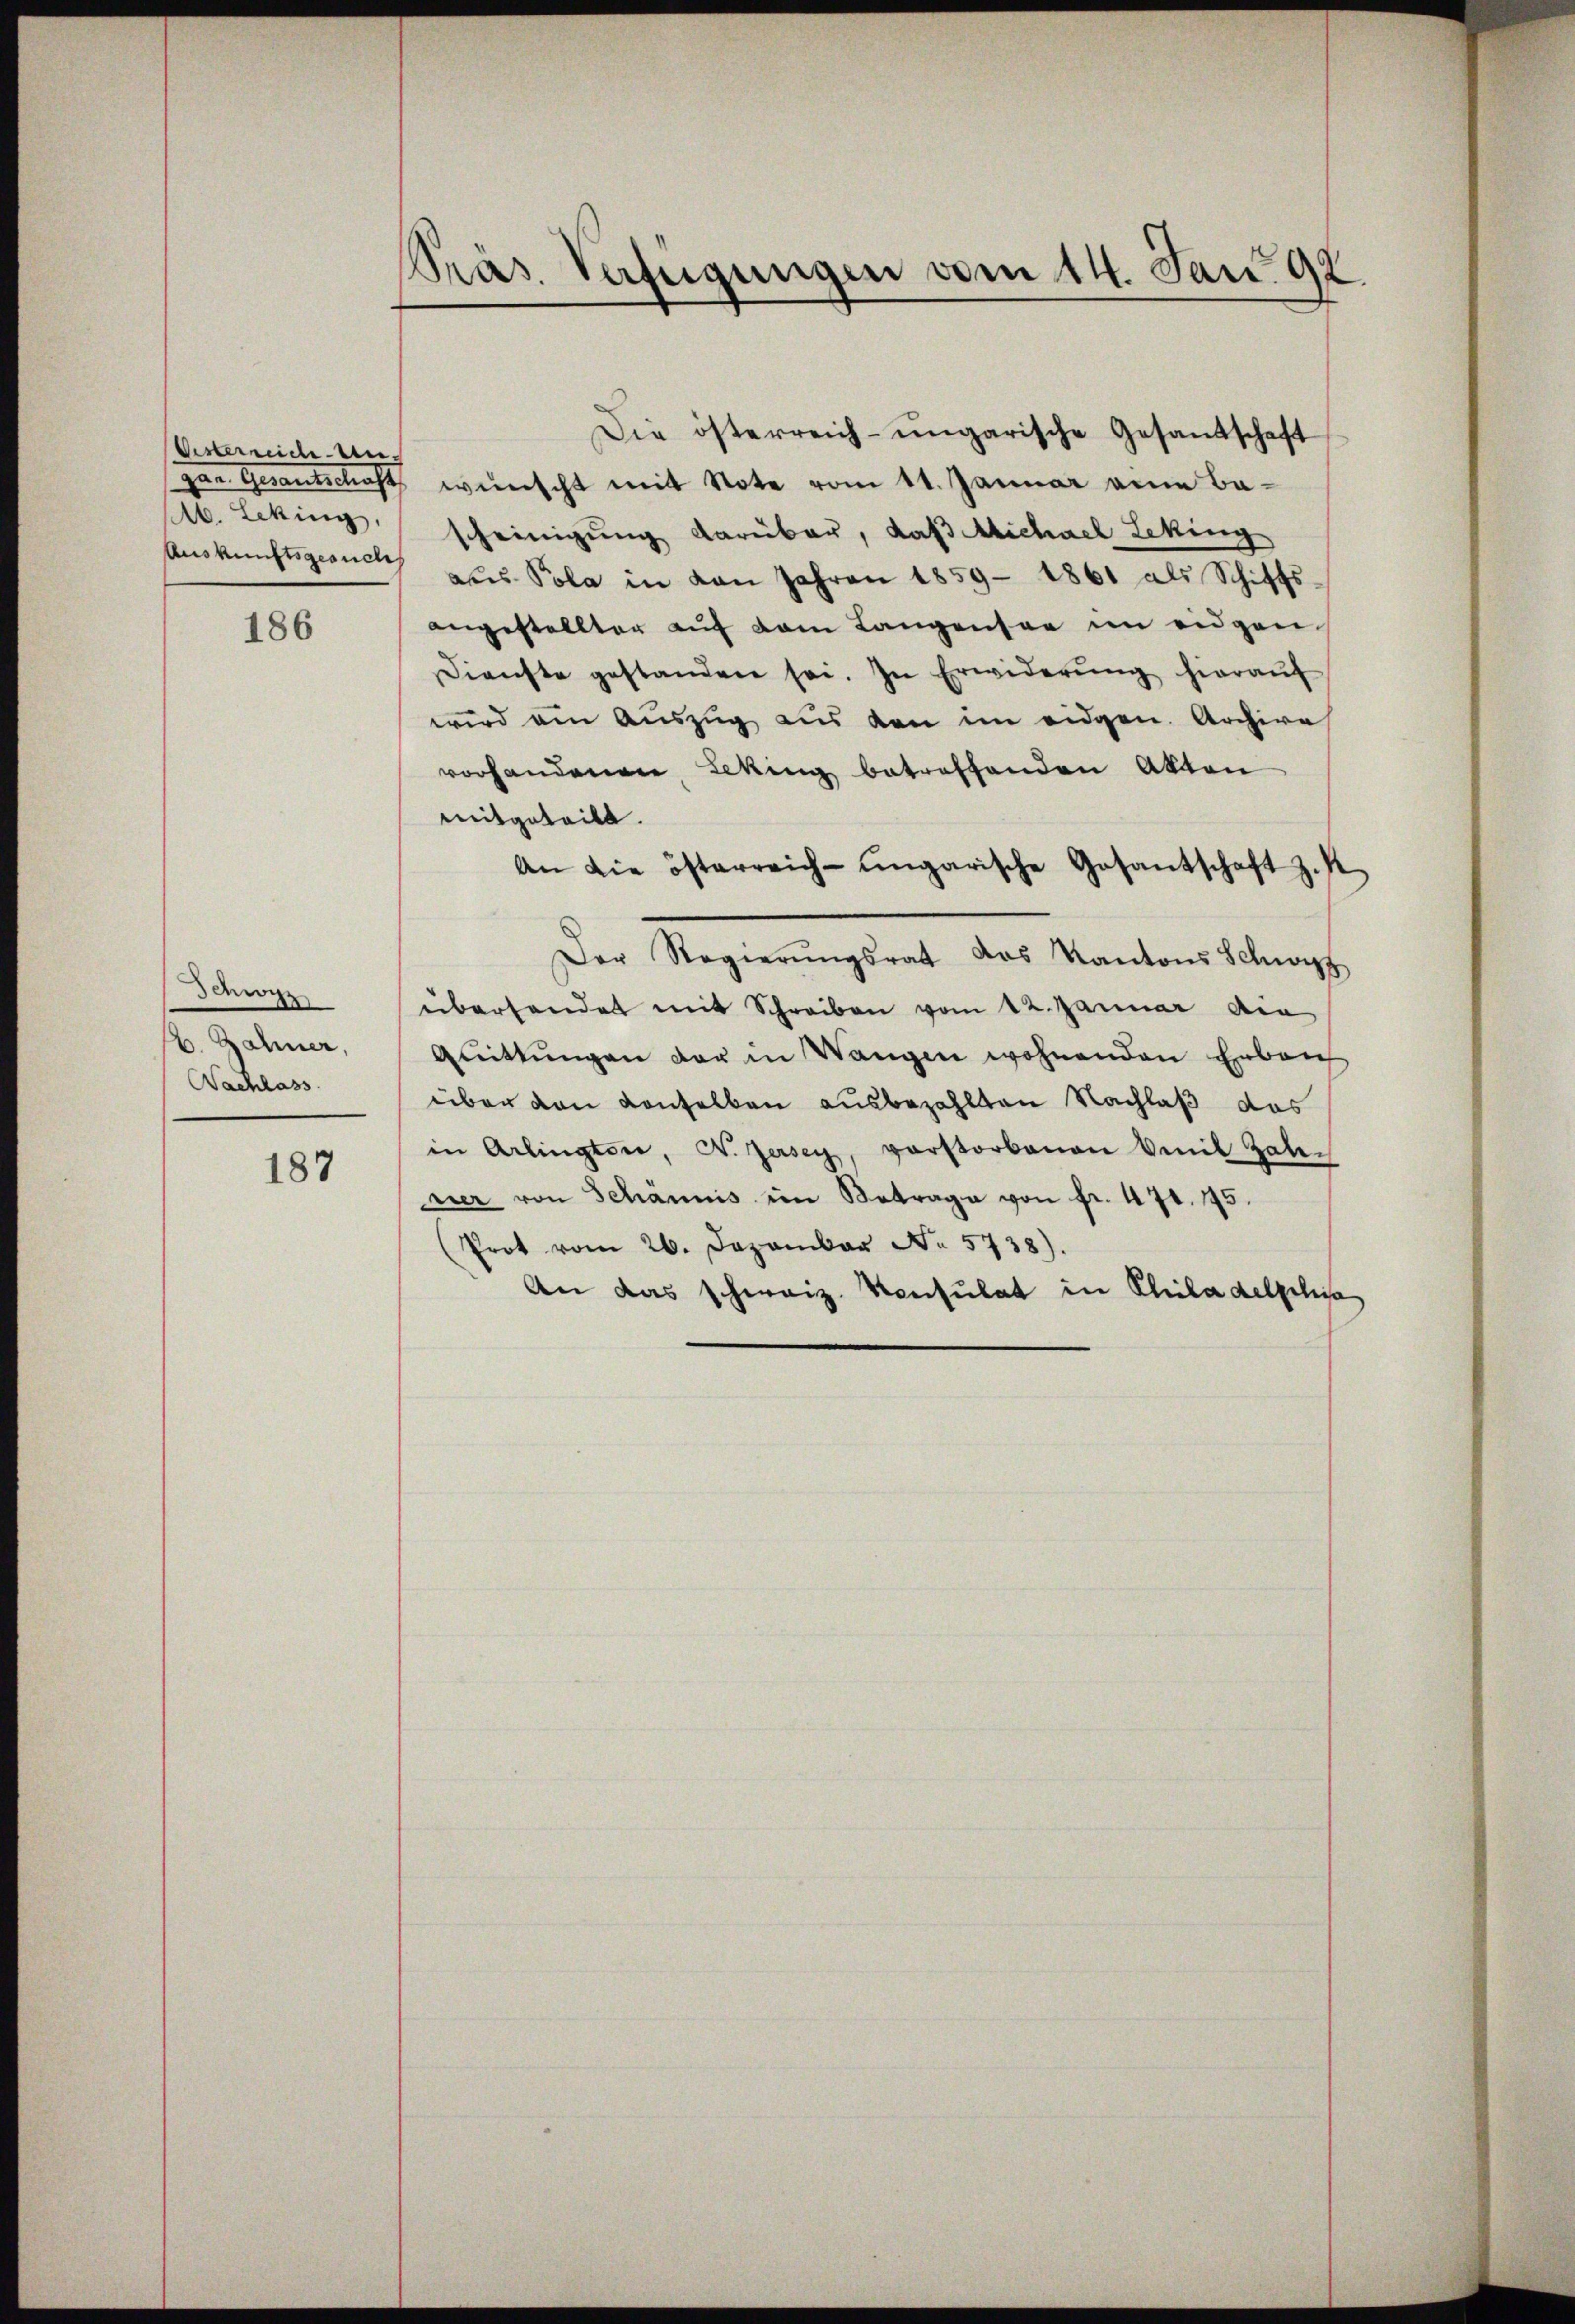
Wisterreiche Anzen Gerantschaft
M. Leking,

186

Schwyz
. Zähner,
Nachlass

187

Präs. Verfügungen vom 14. Jan. 192.

Die österreich-ungarische Gesandschaft
wünscht mit Note vom 11. Januar eine Bascheinigung darüber, daß Michael Leking
Aŭskŭnftsgericht aŭs Pola in von Jahren 1859 - 1861 als Schiffs
angestellter auf dem Langensee im eidgen
Dienste gestanden sei. In Erwiderŭng hieraŭf
wird am Auszug aus den im eidgen. Archive
vorhandenen Leking betreffenden Akten
mitgeteilt.
An die österreich-ungarische Gesantschaft z. K
Der Regierŭngsrat das Kantons Schwyz
überhandet mit Schreiben vom 12. Januar die
Quittungen der in Wangen wohnenden Erbau
über von denselben ausbezahlten Nachlaß das
in Arlingten, N. Zersey, verstorbenen Emil Zale-
ner von Schännis im Betrage von fr. 471. 75.
(Prot vom 26. Dezember No. 5738).
An das schweiz. Konsulat in Philadelphia